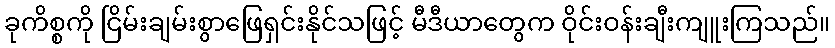
ခုကိစ္စကို ငြိမ်းချမ်းစွာဖြေရှင်းနိုင်သဖြင့် မီဒီယာတွေက ဝိုင်းဝန်းချီးကျူးကြသည်။